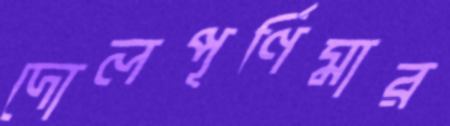
দোলপূর্ণিমার